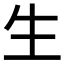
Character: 生